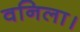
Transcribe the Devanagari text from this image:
वनिला।